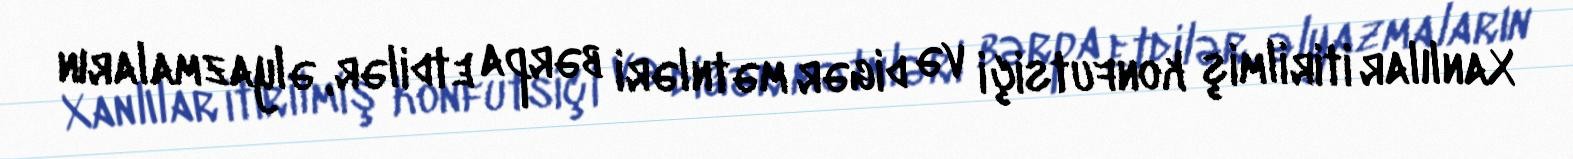
Xanlılar itirilmiş konfutsiçi və digər mətnləri bərpa etdilər, əlyazmaların